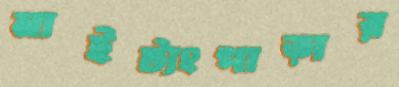
নাইট্যংপাড়ার